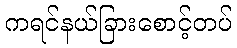
ကရင်နယ်ခြားစောင့်တပ်